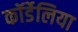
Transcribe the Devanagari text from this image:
कॉर्डेलिया